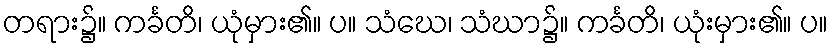
တရား၌။ ကင်္ခတိ၊ ယုံမှား၏။ ပ။ သံဃေ၊ သံဃာ၌။ ကင်္ခတိ၊ ယုံးမှား၏။ ပ။